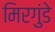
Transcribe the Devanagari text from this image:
मिरगुंडे